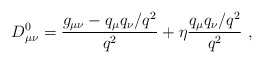
\begin{align*} D_{\mu\nu}^0 ={g_{\mu\nu}-q_\mu q_\nu /q^2\over q^2}+ \eta {q_\mu q_\nu/q^2 \over q^2}\ ,\end{align*}